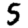
Digit: 5